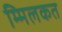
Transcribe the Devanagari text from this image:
म्मिलकत